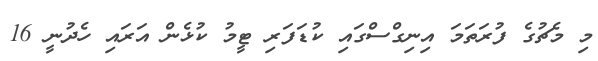
މި މެޗުގެ ފުރަތަމަ އިނިގްސްގައި ކުޑަފަރި ޓީމު ކުޅެން އަރައި ހެދުނީ 16